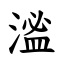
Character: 㴵